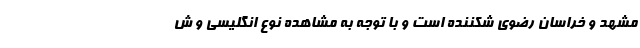
مشهد و خراسان رضوی شکننده است و با توجه به مشاهده نوع انگلیسی و ش